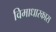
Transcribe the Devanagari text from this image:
विमाधारकास